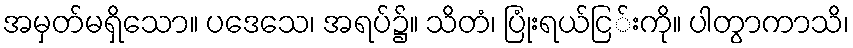
အမှတ်မရှိသော။ ပဒေသေ၊ အရပ်၌။ သိတံ၊ ပြုံးရယ်ငြ်းကို။ ပါတွာကာသိ၊